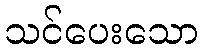
သင်ပေးသော